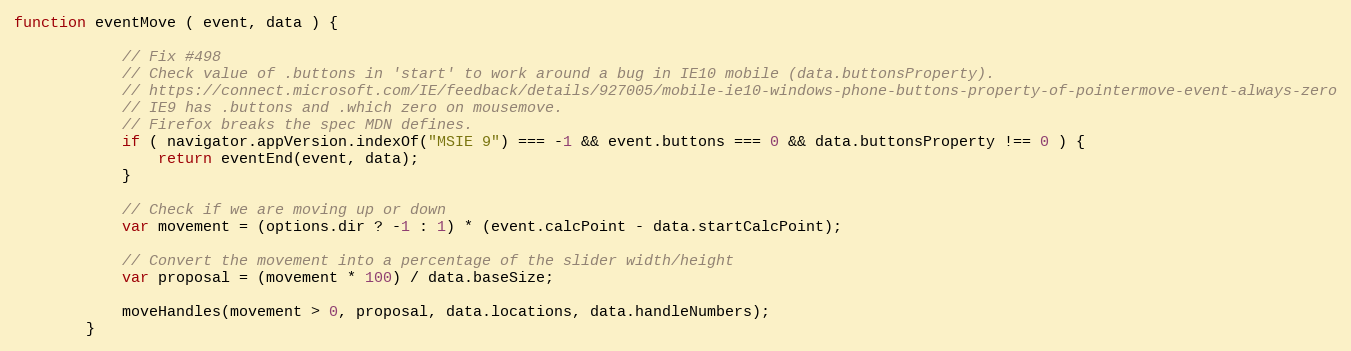
Language: JavaScript
function eventMove ( event, data ) {

            // Fix #498
            // Check value of .buttons in 'start' to work around a bug in IE10 mobile (data.buttonsProperty).
            // https://connect.microsoft.com/IE/feedback/details/927005/mobile-ie10-windows-phone-buttons-property-of-pointermove-event-always-zero
            // IE9 has .buttons and .which zero on mousemove.
            // Firefox breaks the spec MDN defines.
            if ( navigator.appVersion.indexOf("MSIE 9") === -1 && event.buttons === 0 && data.buttonsProperty !== 0 ) {
                return eventEnd(event, data);
            }

            // Check if we are moving up or down
            var movement = (options.dir ? -1 : 1) * (event.calcPoint - data.startCalcPoint);

            // Convert the movement into a percentage of the slider width/height
            var proposal = (movement * 100) / data.baseSize;

            moveHandles(movement > 0, proposal, data.locations, data.handleNumbers);
        }